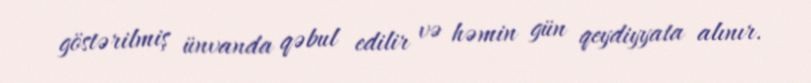
göstərilmiş ünvanda qəbul edilir və həmin gün qeydiyyata alınır.